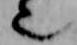
也